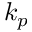
k _ { p }